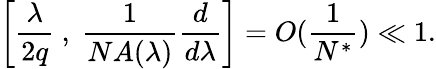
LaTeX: \left[\frac{\lambda}{2q}\ ,\ \frac{1}{NA(\lambda)}\frac{d}{d\lambda}\right]=O(\frac{1}{N^{*}})\ll 1.